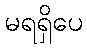
မရရှိပေ